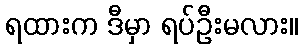
ရထားက ဒီမှာ ရပ်ဦးမလား။